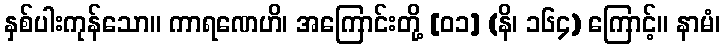
နှစ်ပါးကုန်သော။ ကာရဏေဟိ၊ အကြောင်းတို့ [၀၁] (နိ၊ ၁၆၄) ကြောင့်။ နာမံ၊